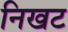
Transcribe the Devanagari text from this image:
निखट